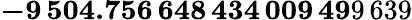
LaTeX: \mathbf{-9\, 504.756\, 648\, 434\, 009\, 49}9\, 639